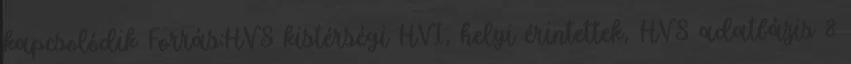
kapcsolódik Forrás:HVS kistérségi HVI, helyi érintettek, HVS adatbázis 8